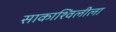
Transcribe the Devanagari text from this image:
साकाश्विलीला